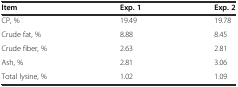
| Item | Exp. 1 | Exp. 2 |
 | --- | --- | --- |
 | CP, % | 19.49 | 19.78 |
 | Crude fat, % | 8.88 | 8.45 |
 | Crude fiber, % | 2.63 | 2.81 |
 | Ash, % | 2.81 | 3.06 |
 | Total lysine, % | 1.02 | 1.09 |